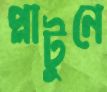
প্লাটুনে